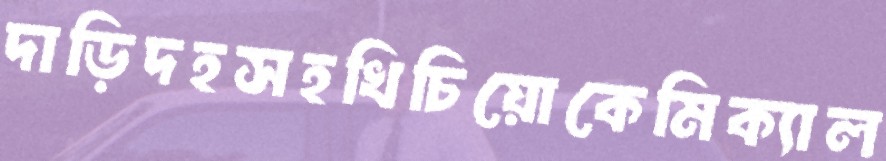
দাড়িদহসহখিচিয়োকেমিক্যাল